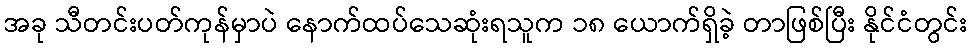
အခု သီတင်းပတ်ကုန်မှာပဲ နောက်ထပ်သေဆုံးရသူက ၁၈ ယောက်ရှိခဲ့ တာဖြစ်ပြီး နိုင်ငံတွင်း